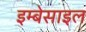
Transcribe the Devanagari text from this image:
इम्बेसाइल